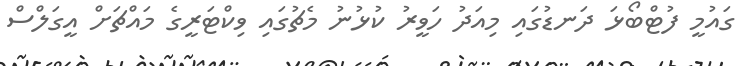
ގައުމީ ފުޓްބޯޅަ ދަނޑުގައި މިއަދު ހަވީރު ކުޅުނު މެޗުގައި ވިކްޓަރީގެ މައްޗަށް އީގަލްސް